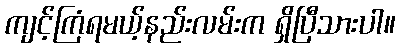
ကျင့်ကြံရမယ့်နည်းလမ်းက ရှိပြီသားပါ။